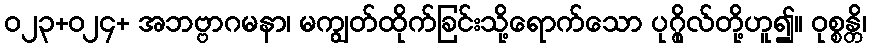
ဝ၂၃+၀၂၄+ အဘဗ္ဗာဂမနာ၊ မကျွတ်ထိုက်ခြင်းသို့ရောက်သော ပုဂ္ဂိုလ်တို့ဟူ၍။ ဝုစ္စန္တိ၊